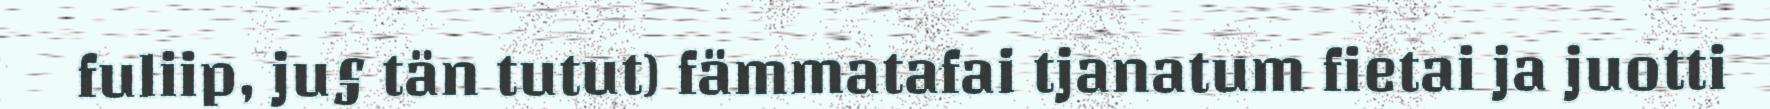
fuliip, ju§ tän tutut) fämmatafai tjanatum fietai ja juotti